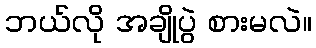
ဘယ်လို အချိုပွဲ စားမလဲ။